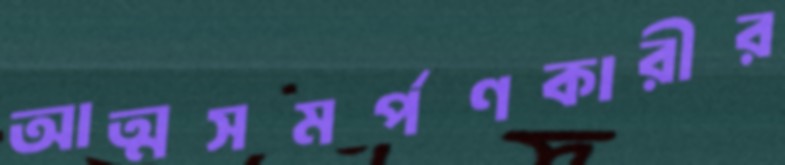
আত্মসমর্পণকারীর